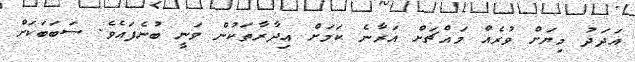
އަދަދު މިޔަށް ވުރެއް މައްޗަށް އަރާނެ ކަމަށް އިދާރާތަކުން ވަނީ ބުނެފައެވެ. ސަބަބަކަށް